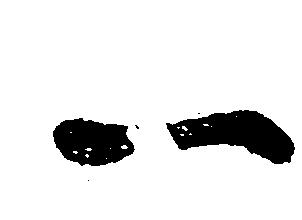
一